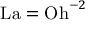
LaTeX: \mathrm { L a } = \mathrm { O h } ^ { - 2 }